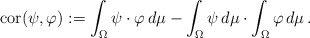
\begin{align*}\mathrm{cor} (\psi, \varphi) := \int_{\Omega} \psi \cdot \varphi \, d \mu - \int_{\Omega} \psi \, d \mu \cdot \int_{\Omega} \varphi \, d \mu\, .\end{align*}